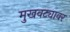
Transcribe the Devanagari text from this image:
मुखवट्यावर